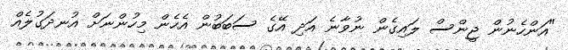
"އަންހެނުން ޖީންސް ލައިގެން ނުވާނެ އަދި އޭގެ ސަބަބުން އެހެން މިހުންނަށް އުނދަގުލެއް